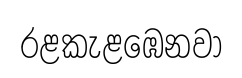
රළකැළඹෙනවා